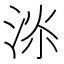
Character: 𱦫